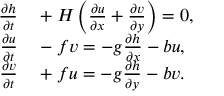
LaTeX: \begin{array} { r l } { { \frac { \partial h } { \partial t } } } & { { } + H \left( { \frac { \partial u } { \partial x } } + { \frac { \partial v } { \partial y } } \right) = 0 , } \\ { { \frac { \partial u } { \partial t } } } & { { } - f v = - g { \frac { \partial h } { \partial x } } - b u , } \\ { { \frac { \partial v } { \partial t } } } & { { } + f u = - g { \frac { \partial h } { \partial y } } - b v . } \end{array}